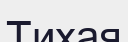
Тихая